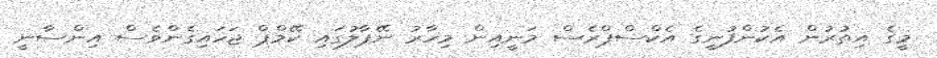
މީގެ އިތުރުން އެކުންފުނީގެ އެކްސްޕްރެސް މަނީއިން މިހާރު ނޭޕާލުގައި ކޭމްޕް ޖަހައިގެންވެސް އިންސާނީ